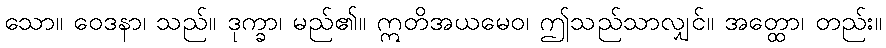
သော။ ဝေဒနာ၊ သည်။ ဒုက္ခာ၊ မည်၏။ ဣတိအယမေဝ၊ ဤသည်သာလျှင်။ အတ္ထော၊ တည်း။